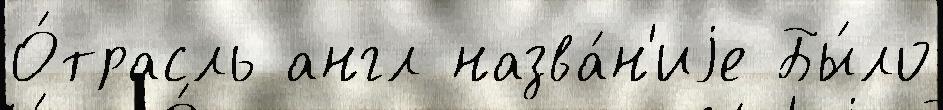
О́трасль англ назва́н'иjе Бы́ло